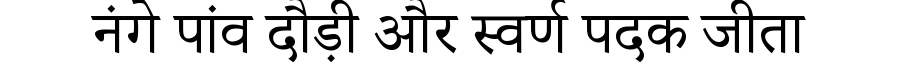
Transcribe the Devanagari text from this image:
नंगे पांव दौड़ी और स्वर्ण पदक जीता